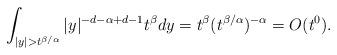
LaTeX: \begin{align*}\int_{|y| > t^{\beta/\alpha}}|y|^{-d-\alpha + d - 1}t^{\beta}dy = t^{\beta}(t^{\beta/\alpha})^{-\alpha}=O(t^{0}).\end{align*}